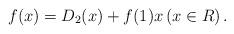
LaTeX: \begin{align*} f(x)=D_{2}(x)+f(1) x \left(x\in R\right). \end{align*}